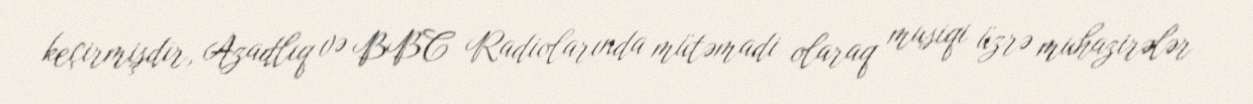
keçirmişdir, Azadlıq və BBC Radiolarında mütəmadi olaraq musiqi üzrə muhazirələr